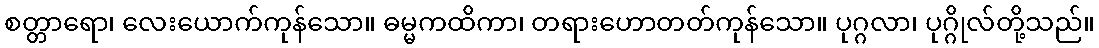
စတ္တာရော၊ လေးယောက်ကုန်သော။ ဓမ္မကထိကာ၊ တရားဟောတတ်ကုန်သော။ ပုဂ္ဂလာ၊ ပုဂ္ဂိုလ်တို့သည်။